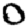
Digit: 0